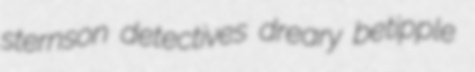
sternson detectives dreary betipple